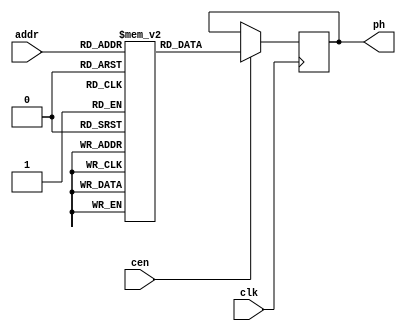
/*
  
   Multicore 2 / Multicore 2+
  
   Copyright (c) 2017-2020 - Victor Trucco

  
   All rights reserved
  
   Redistribution and use in source and synthezised forms, with or without
   modification, are permitted provided that the following conditions are met:
  
   Redistributions of source code must retain the above copyright notice,
   this list of conditions and the following disclaimer.
  
   Redistributions in synthesized form must reproduce the above copyright
   notice, this list of conditions and the following disclaimer in the
   documentation and/or other materials provided with the distribution.
  
   Neither the name of the author nor the names of other contributors may
   be used to endorse or promote products derived from this software without
   specific prior written permission.
  
   THIS CODE IS PROVIDED BY THE COPYRIGHT HOLDERS AND CONTRIBUTORS "AS IS"
   AND ANY EXPRESS OR IMPLIED WARRANTIES, INCLUDING, BUT NOT LIMITED TO,
   THE IMPLIED WARRANTIES OF MERCHANTABILITY AND FITNESS FOR A PARTICULAR
   PURPOSE ARE DISCLAIMED. IN NO EVENT SHALL THE AUTHOR OR CONTRIBUTORS BE
   LIABLE FOR ANY DIRECT, INDIRECT, INCIDENTAL, SPECIAL, EXEMPLARY, OR
   CONSEQUENTIAL DAMAGES (INCLUDING, BUT NOT LIMITED TO, PROCUREMENT OF
   SUBSTITUTE GOODS OR SERVICES; LOSS OF USE, DATA, OR PROFITS; OR BUSINESS
   INTERRUPTION) HOWEVER CAUSED AND ON ANY THEORY OF LIABILITY, WHETHER IN
   CONTRACT, STRICT LIABILITY, OR TORT (INCLUDING NEGLIGENCE OR OTHERWISE)
   ARISING IN ANY WAY OUT OF THE USE OF THIS SOFTWARE, EVEN IF ADVISED OF THE
   POSSIBILITY OF SUCH DAMAGE.
  
   You are responsible for any legal issues arising from your use of this code.
  
*/`timescale 1ns / 1ps


/* This file is part of JT51.

 
	JT51 program is free software: you can redistribute it and/or modify
	it under the terms of the GNU General Public License as published by
	the Free Software Foundation, either version 3 of the License, or
	(at your option) any later version.

	JT51 program is distributed in the hope that it will be useful,
	but WITHOUT ANY WARRANTY; without even the implied warranty of
	MERCHANTABILITY or FITNESS FOR A PARTICULAR PURPOSE.  See the
	GNU General Public License for more details.

	You should have received a copy of the GNU General Public License
	along with JT51.  If not, see <http://www.gnu.org/licenses/>.

	Based on Sauraen VHDL version of OPN/OPN2, which is based on die shots.

	Author: Jose Tejada Gomez. Twitter: @topapate
	Version: 1.0
	Date: 14-4-2017	

*/

module jt51_phrom
(
	input [4:0] addr,
	input clk,
	input cen,
	output reg [45:0] ph
);

	reg [45:0] sinetable[31:0];
	initial
	begin
	sinetable[5'd0 ] = 46'b0001100000100100010001000010101010101001010010;
	sinetable[5'd1 ] = 46'b0001100000110100000100000010010001001101000001;
	sinetable[5'd2 ] = 46'b0001100000110100000100110010001011001101100000;
	sinetable[5'd3 ] = 46'b0001110000010000000000110010110001001101110010;
	sinetable[5'd4 ] = 46'b0001110000010000001100000010111010001101101001;
	sinetable[5'd5 ] = 46'b0001110000010100001001100010000000101101111010;
	sinetable[5'd6 ] = 46'b0001110000010100001101100010010011001101011010;
	sinetable[5'd7 ] = 46'b0001110000011100000101010010111000101111111100;
	sinetable[5'd8 ] = 46'b0001110000111000000001110010101110001101110111;
	sinetable[5'd9 ] = 46'b0001110000111000010100111000011101011010100110;
	sinetable[5'd10] = 46'b0001110000111100011000011000111100001001111010;
	sinetable[5'd11] = 46'b0001110000111100011100111001101011001001110111;
	sinetable[5'd12] = 46'b0100100001010000010001011001001000111010110111;
	sinetable[5'd13] = 46'b0100100001010100010001001001110001111100101010;
	sinetable[5'd14] = 46'b0100100001010100010101101101111110100101000110;
	sinetable[5'd15] = 46'b0100100011100000001000011001010110101101111001;
	sinetable[5'd16] = 46'b0100100011100100001000101011100101001011101111;
	sinetable[5'd17] = 46'b0100100011101100000111011010000001011010110001;
	sinetable[5'd18] = 46'b0100110011001000000111101010000010111010111111;
	sinetable[5'd19] = 46'b0100110011001100001011011110101110110110000001;
	sinetable[5'd20] = 46'b0100110011101000011010111011001010001101110001;
	sinetable[5'd21] = 46'b0100110011101101011010110101111001010100001111;
	sinetable[5'd22] = 46'b0111000010000001010111000101010101010110010111;
	sinetable[5'd23] = 46'b0111000010000101010111110111110101010010111011;
	sinetable[5'd24] = 46'b0111000010110101101000101100001000010000011001;
	sinetable[5'd25] = 46'b0111010010011001100100011110100100010010010010;
	sinetable[5'd26] = 46'b0111010010111010100101100101000000110100100011;
	sinetable[5'd27] = 46'b1010000010011010101101011101100001110010011010;
	sinetable[5'd28] = 46'b1010000010111111111100100111010100010000111001;
	sinetable[5'd29] = 46'b1010010111110100110010001100111001010110100000;
	sinetable[5'd30] = 46'b1011010111010011111011011110000100110010100001;
	sinetable[5'd31] = 46'b1110011011110001111011100111100001110110100111;

	end

	always @ (posedge clk) if(cen)
		ph <= sinetable[addr];

endmodule